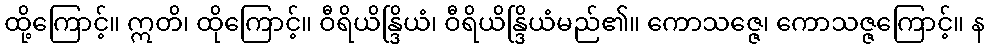
ထို့ကြောင့်။ ဣတိ၊ ထိုကြောင့်။ ဝီရိယိန္ဒြိယံ၊ ဝီရိယိန္ဒြိယံမည်၏။ ကောသဇ္ဇေ၊ ကောသဇ္ဇကြောင့်။ န